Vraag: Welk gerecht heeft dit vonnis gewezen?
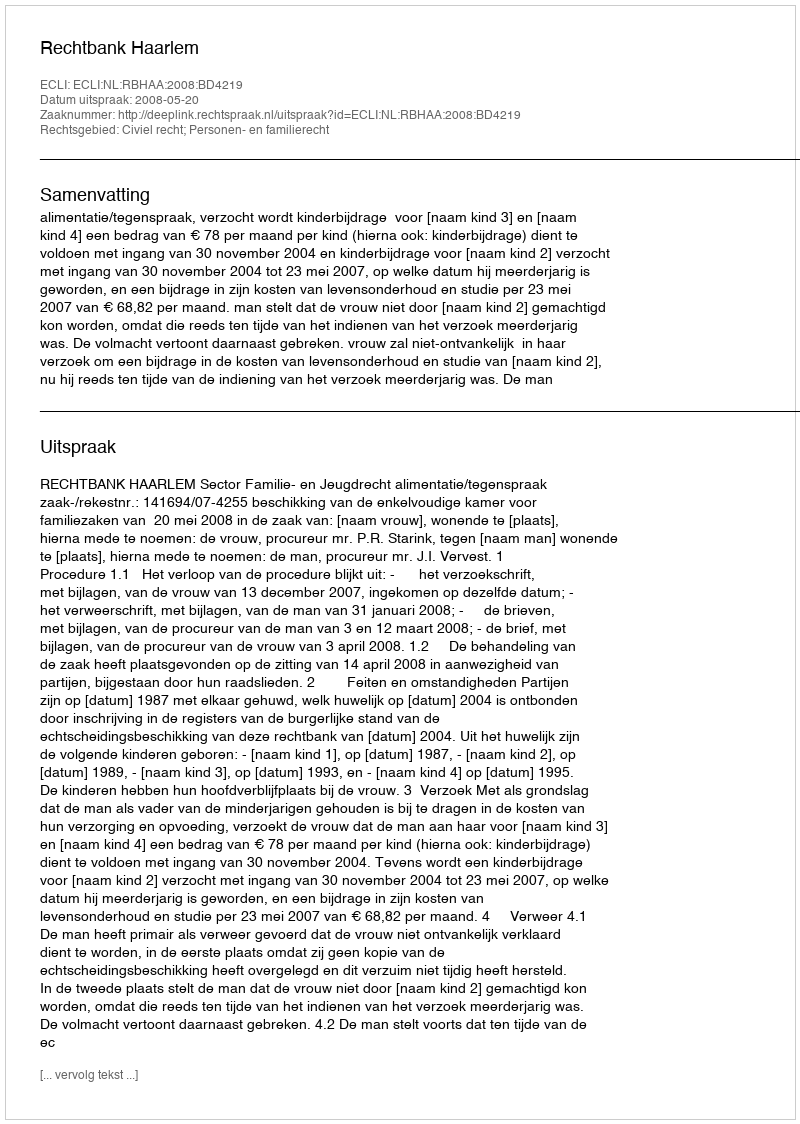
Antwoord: Rechtbank Haarlem